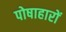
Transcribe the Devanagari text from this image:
पोषाहारों